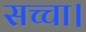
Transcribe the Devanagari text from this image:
सच्चा।